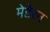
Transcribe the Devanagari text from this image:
मेडेरन